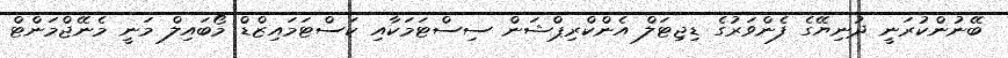
ބޭނުންކުރަނީ ދުނިޔޭގެ ފެންވަރުގެ ޑިޖިޓަލް އެންކްރިޕްޝަން ސިސްޓަމަކާއި ކަސްޓަމައިޒްޑް މޯބައިލް މަނީ މެނޭޖްމަންޓް